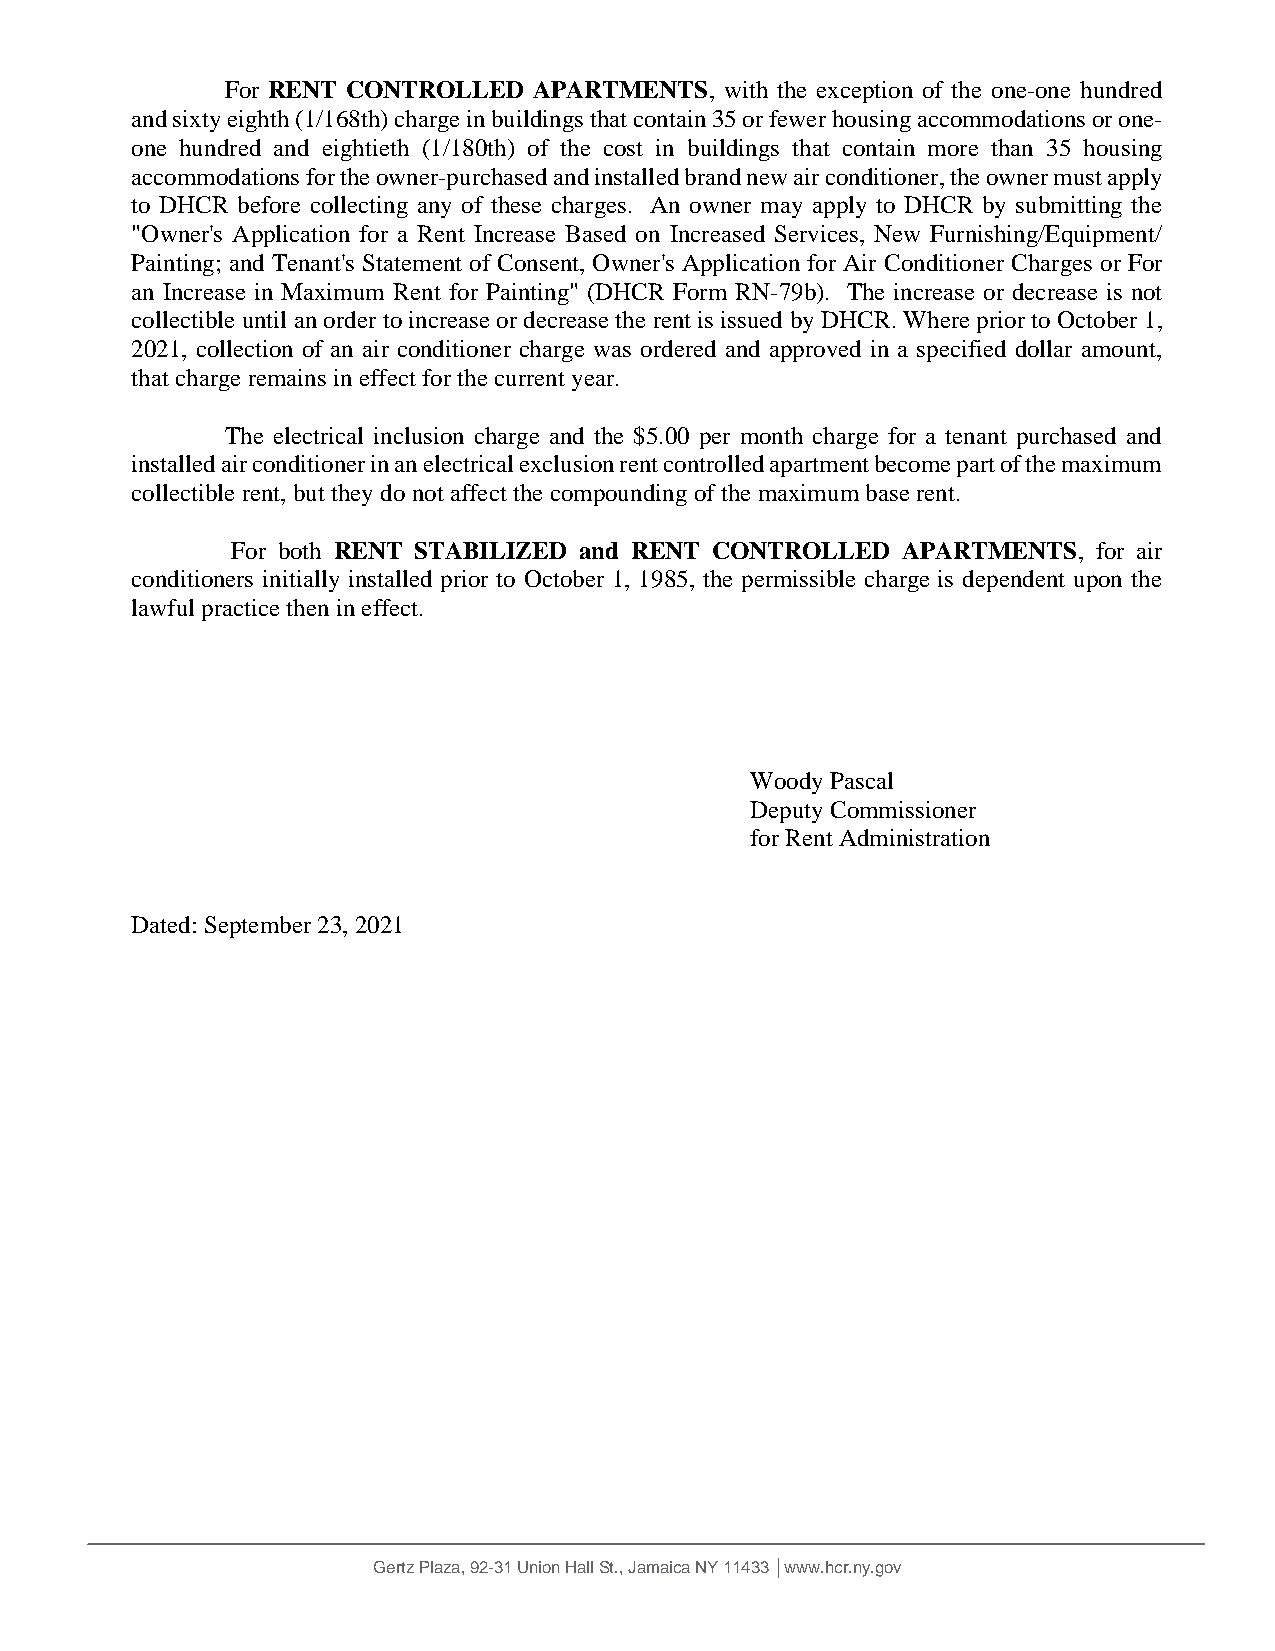
For RENT CONTROLLED APARTMENTS,  with the exception of the one-one hundred
 and sixty eighth (1/168th) charge in buildings that contain 35 or fewer housing accommodations or one-
 one hundred and eightieth (1/180th) of the cost in buildings that contain more than 35 housing
 accommodations for the owner-purchased and installed brand new air conditioner, the owner must apply
 to DHCR before collecting any of these charges. An owner may apply to DHCR by submitting the
 "Owner's Application for a Rent Increase Based on Increased Services, New Furnishing/Equipment/
 Painting; and Tenant's Statement of Consent, Owner's Application for Air Conditioner Charges or For
 an Increase in Maximum Rent for Painting" (DHCR Form RN-79b). The increase or decrease is not
 collectible until an order to increase or decrease the rent is issued by DHCR. Where prior to October 1,
 2021, collection of an air conditioner charge was ordered and approved in a specified dollar amount,
 that charge remains in effect for the current year.
 The electrical inclusion charge and the $5.00 per month charge for a tenant purchased and
 installed air conditioner in an electrical exclusion rent controlled apartment become part of the maximum
 collectible rent, but they do not affect the compounding of the maximum base rent.
 For both RENT STABILIZED and RENT CONTROLLED APARTMENTS,  for air
 conditioners initially installed prior to October 1, 1985, the permissible charge is dependent upon the
 lawful practice then in effect.
 Woody Pascal
 Deputy Commissioner
 for Rent Administration
 Dated: September 23, 2021
 Gertz Plaza, 92-31 Union Hall St., Jamaica NY 11433 │www.hcr.ny.gov